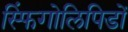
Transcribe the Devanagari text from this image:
स्फिंगोलिपिडों